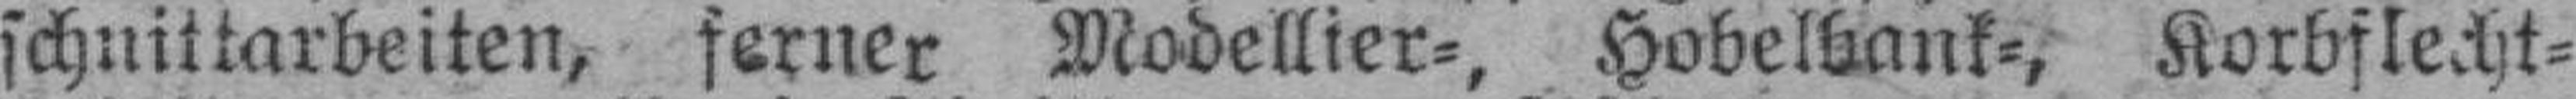
schnittarbeiten, ferner Modellier=, Hobelbank=, Korbflecht¬